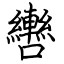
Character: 轡